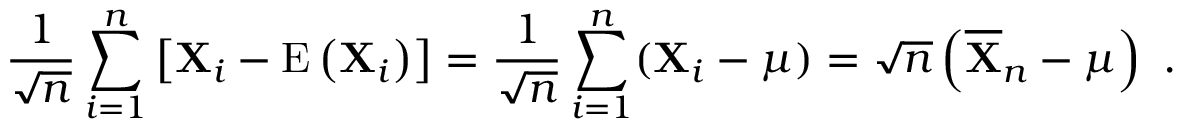
{ \frac { 1 } { \sqrt { n } } } \sum _ { i = 1 } ^ { n } \left[ \mathbf { X } _ { i } - \operatorname { E } \left( \mathbf { X } _ { i } \right) \right] = { \frac { 1 } { \sqrt { n } } } \sum _ { i = 1 } ^ { n } ( \mathbf { X } _ { i } - { \boldsymbol { \mu } } ) = { \sqrt { n } } \left( { \overline { { \mathbf { X } } } } _ { n } - { \boldsymbol { \mu } } \right) ~ .